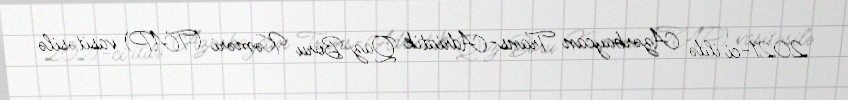
2021-ci ildə Azərbaycan Trans-Adriatik Qaz Boru Kəməri (TAP) vasitəsilə